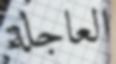
العاجلة